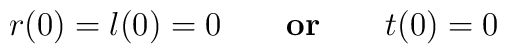
r(0)=l(0)=0\qquad {\bf or}\qquad t(0)=0